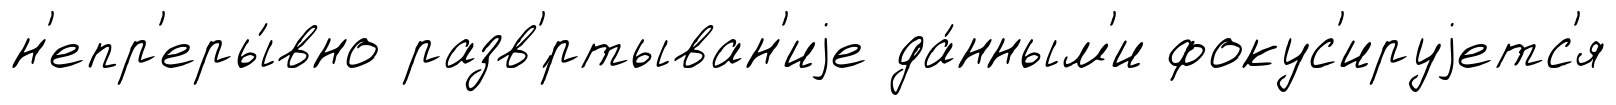
н'епр'еры́вно разв'́ртыван'иjе да́нным'и фокус'ируjетс'я